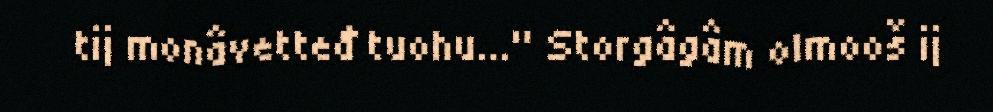
tij monâvetteđ tuohu…" Storgâgâm olmooš ij